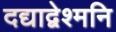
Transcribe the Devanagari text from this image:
दद्याद्वेश्मनि